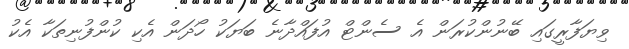
ވިޔަފާރީގައި ބޭނުންކުރަން އެ ސެންޓް އުފައްދާނެ ބަޔަކު ހޯދަން އެކި ކުންފުނިތަކާ އެކު